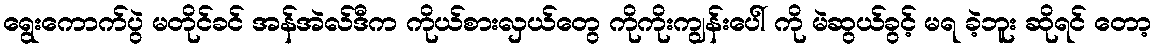
ရွေးကောက်ပွဲ မတိုင်ခင် အန်အဲလ်ဒီက ကိုယ်စားလှယ်တွေ ကိုကိုးကျွန်းပေါ် ကို မဲဆွယ်ခွင့် မရ ခဲ့ဘူး ဆိုရင် တော့